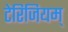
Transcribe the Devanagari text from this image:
टेरिजियम्